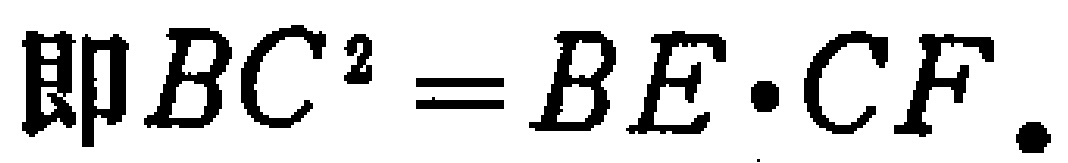
即$BC^{2}=BE\cdot CF.$